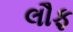
લૌફ